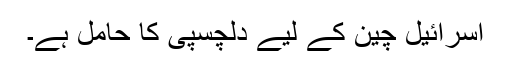
اسرائیل چین کے لیے دلچسپی کا حامل ہے۔